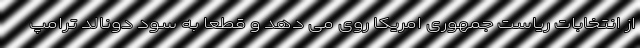
از انتخابات ریاست جمهوری امریکا روی می دهد و قطعا به سود دونالد ترامپ